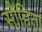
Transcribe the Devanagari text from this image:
सौंहिता